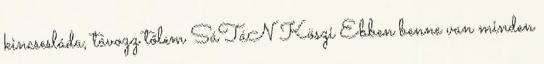
kincsesláda, távozz tőlem SáTáN Köszi Ebben benne van minden